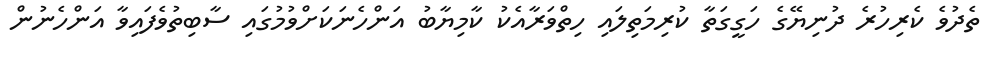
ތެދުވެ ކެރިހުރެ ދުނިޔޭގެ ހަގީގަތާ ކުރިމަތިލައި ހިތްވަރާއެކު ކާމިޔާބު އަންހެނަކަށްވުމުގައި ސާބިތުވެފައިވާ އަންހެނުން